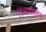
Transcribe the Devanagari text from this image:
स्थितविशेष